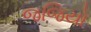
જજિયો